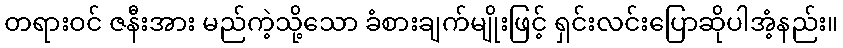
တရားဝင် ဇနီးအား မည်ကဲ့သို့သော ခံစားချက်မျိုးဖြင့် ရှင်းလင်းပြောဆိုပါအံ့နည်း။